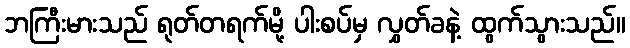
ဘကြီးမားသည် ရုတ်တရက်မို့ ပါးစပ်မှ လွှတ်ခနဲ့ ထွက်သွားသည်။